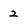
Character: 2